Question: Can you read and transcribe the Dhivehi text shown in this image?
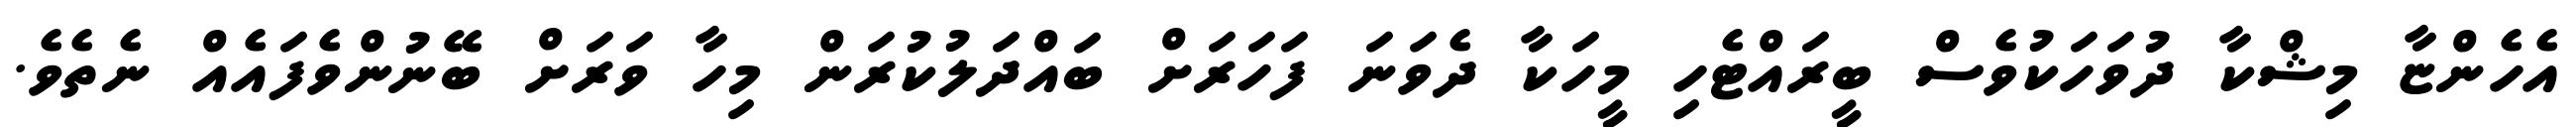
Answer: އެހެންޏާ މިޝްކާ ދުވަހަކުވެސް ބީރައްޓެހި މީހަކާ ދެވަނަ ފަހަރަށް ބައްދަލުކުރަން މިހާ ވަރަށް ބޭނުންވެފައެއް ނެތެވެ.